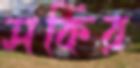
সকির